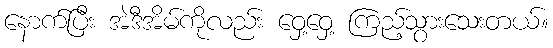
နောက်ပြီး အဲဒီအိမ်ကိုလည်း ဝှေ့ဝှေ့ ကြည့်သွားသေးတယ်။